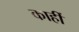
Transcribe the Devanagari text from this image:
काहीँ